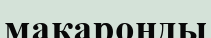
макаронды